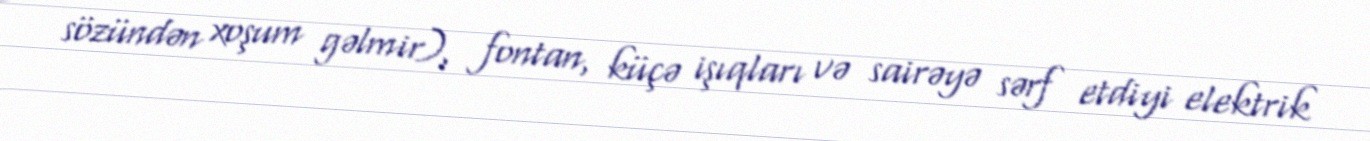
sözündən xoşum gəlmir), fontan, küçə işıqları və sairəyə sərf etdiyi elektrik